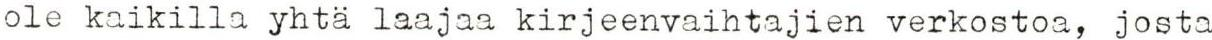
ole kaikilla yhtä laajaa kirjeenvaihtajien verkostoa, josta